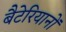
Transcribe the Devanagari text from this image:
बैटेरियानों